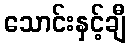
သောင်းနှင့်ချီ